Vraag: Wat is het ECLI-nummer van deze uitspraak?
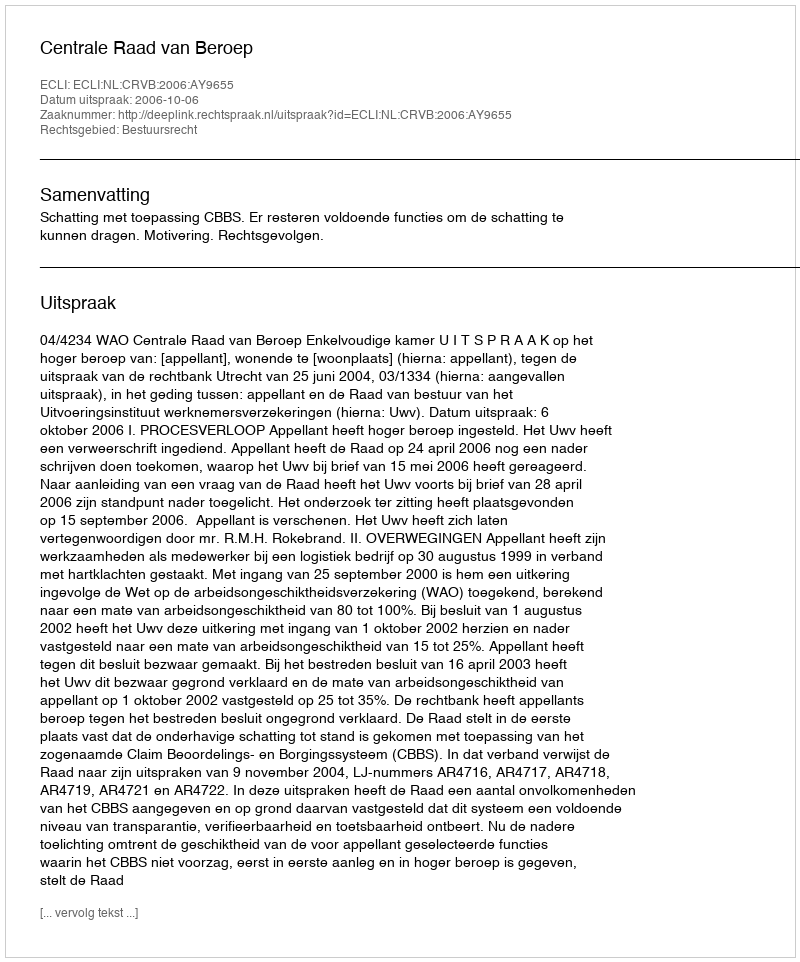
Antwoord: ECLI:NL:CRVB:2006:AY9655